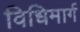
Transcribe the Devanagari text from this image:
विधिमार्ग